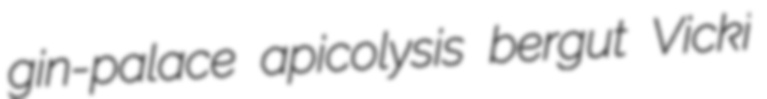
gin-palace apicolysis bergut Vicki